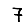
Digit: 7